Calcutta medical institutions reports 1892-1900
Year: 1892
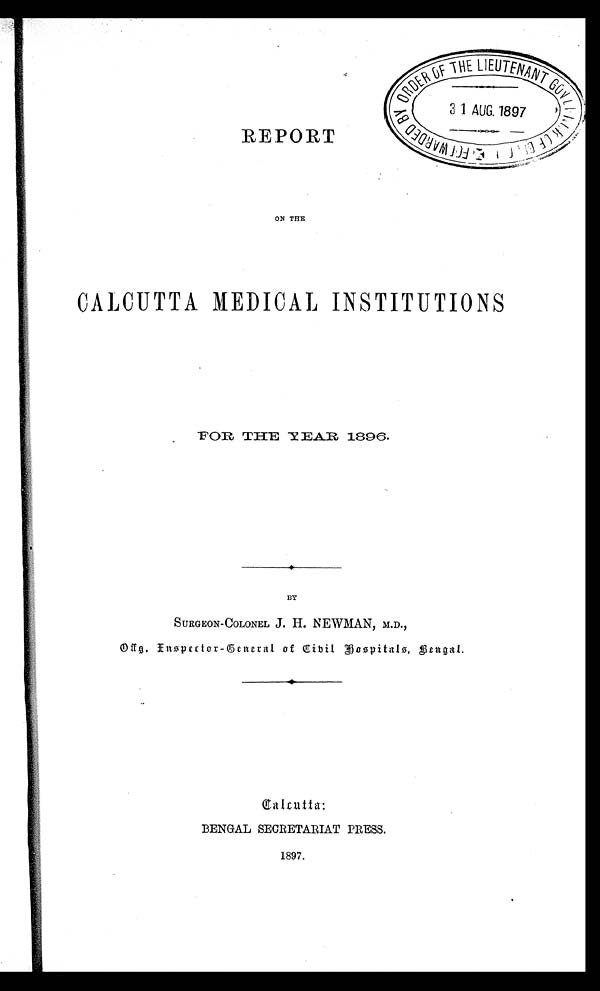
REPORT
ON THE
CALCUTTA MEDICAL INSTITUTIONS
FOR THE YEAR 1896.
BY
SURGEON-COLONEL J. H. NEWMAN, M.D.,
Offg. Inspector-General of Cibil Hospitals, Bengal.
BENGAL SECRETARIAT PRESS.
1897.